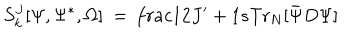
LaTeX: S _ { k } ^ { J } [ \Psi , \Psi ^ { * } , \Omega ] \ = \, \frac { 1 } { 2 J ^ { \prime } + 1 } s \mathrm { T r } _ { N } [ { \bar { \Psi } } D \Psi ]